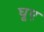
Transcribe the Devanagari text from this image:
घूए